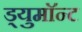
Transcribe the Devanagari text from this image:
ड्युमाॅन्ट